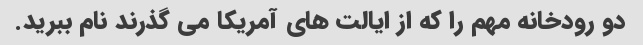
دو رودخانه مهم را که از ایالت های آمریکا می گذرند نام ببرید.